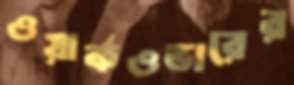
ওয়ার্কওভারের